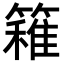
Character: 𥴢